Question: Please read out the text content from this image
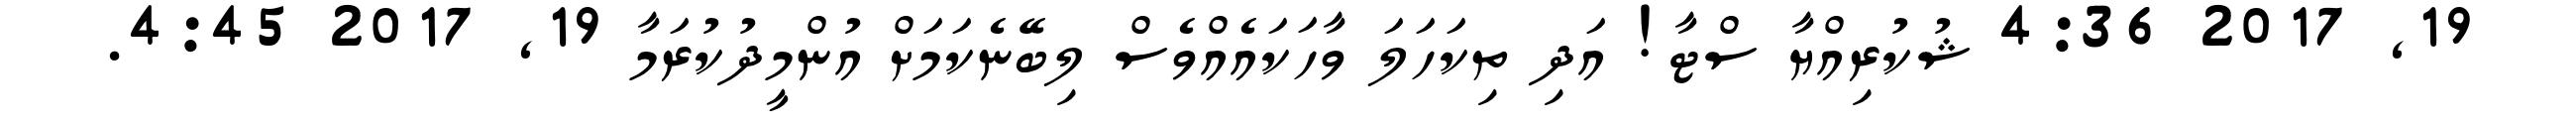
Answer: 19, 2017 4:36 ޝުކުރިއްޔާ ސްޓާ! އަދި ތިކަހަލަ ވާހަކައެއްވެސް ލިބޭނެކަމަށް އުންމީދުކުރަމާ 19, 2017 4:45.